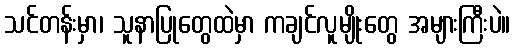
သင်တန်းမှာ၊ သူနာပြုတွေထဲမှာ ကချင်လူမျိုးတွေ အများကြီးပဲ။